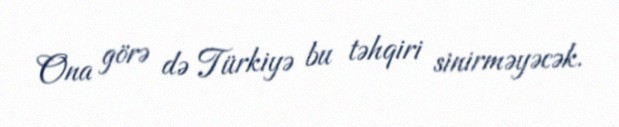
Ona görə də Türkiyə bu təhqiri sinirməyəcək.